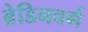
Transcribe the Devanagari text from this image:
ब्रेडिनवर्ग